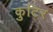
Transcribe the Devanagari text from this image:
कुटिर